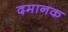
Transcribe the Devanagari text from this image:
दमानक